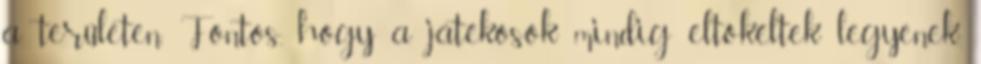
a területen. Fontos, hogy a játékosok mindig eltökéltek legyenek,